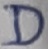
Text: D